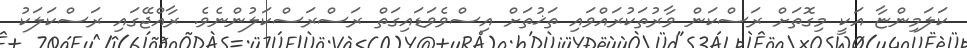
ކަލަމިންޏާ އަކީ މިގޮތަށް ރަސްކަން ވާރުތަކުރައްވައި ތަޚުތަށް އިސްވެވަޑައިގަތް ރަސްރަސްކަލުންނެވެ. ރާއްޖޭގައި ރަސްކަލަކު